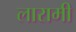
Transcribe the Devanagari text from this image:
लारामी